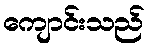
ကျောင်းသည်